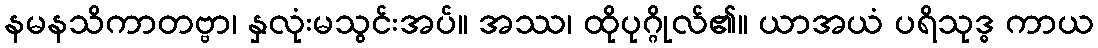
နမနသိကာတဗ္ဗာ၊ နှလုံးမသွင်းအပ်။ အဿ၊ ထိုပုဂ္ဂိုလ်၏။ ယာအယံ ပရိသုဒ္ဓ ကာယ